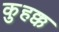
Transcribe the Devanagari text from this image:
कुहक्क